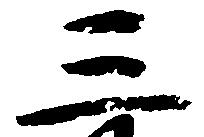
三